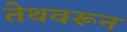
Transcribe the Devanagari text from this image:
तेथवरून